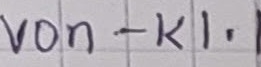
Text: von - K1.1